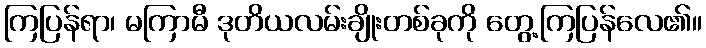
ကြပြန်ရာ၊ မကြာမီ ဒုတိယလမ်းချိုးတစ်ခုကို တွေ့ကြပြန်လေ၏။